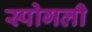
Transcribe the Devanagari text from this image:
स्पोगली